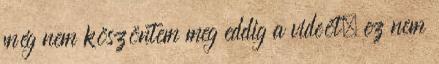
még nem köszöntem meg eddig a videót, ez nem